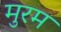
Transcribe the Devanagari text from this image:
मुरम